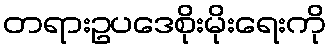
တရားဥပဒေစိုးမိုးရေးကို